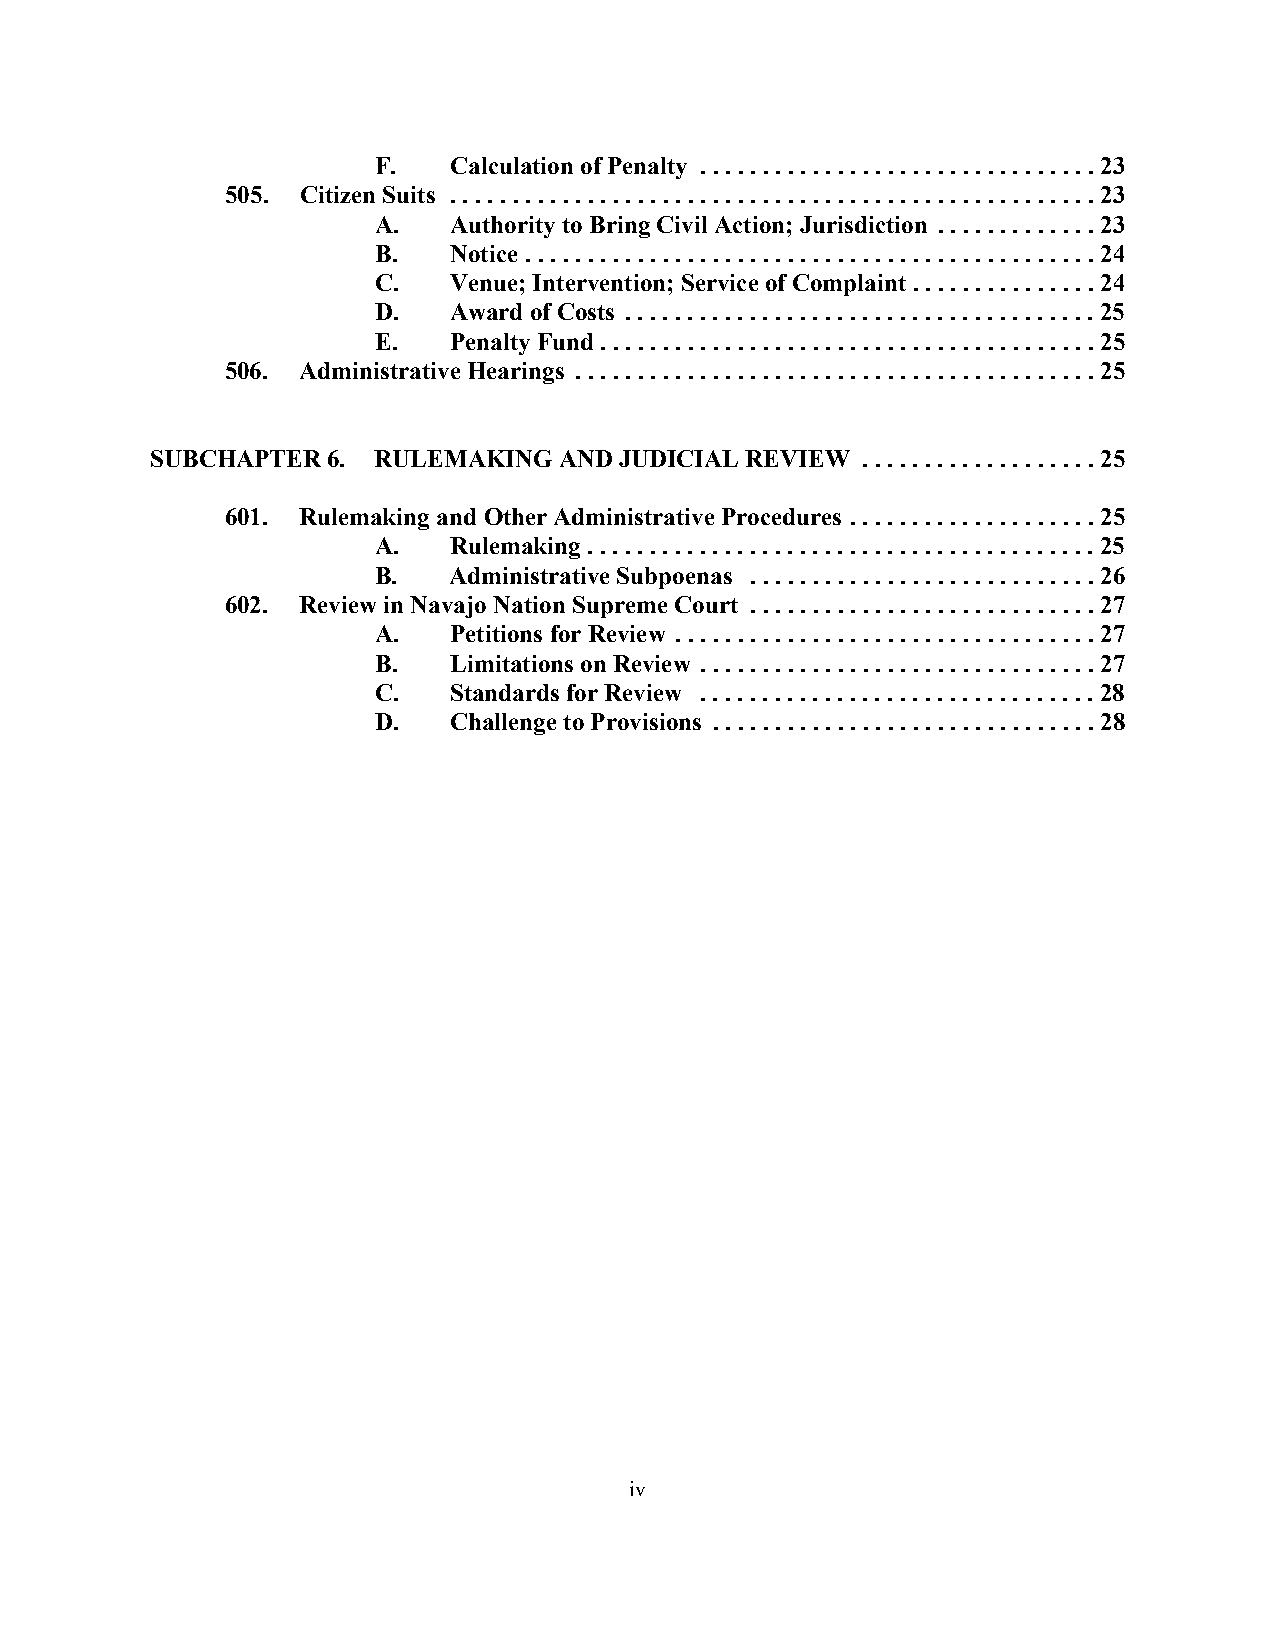
F.   Calculation of Penalty ...... ..........................23
 505. Citizen Suits ....................................................23
 A.   Authority to Bring Civil Action; Jurisdiction .............23
 B.   Notice ..............................................24
 C.   Venue; Intervention; Service of Complaint ...............24
 D.   Award of Costs ......................................25
 E.   Penalty Fund........................................25
 506. Administrative Hearings ..........................................25
 SUBCHAPTER  6. RULEMAKING  AND JUDICIAL REVIEW ...................25
 601. Rulemaking and Other Administrative Procedures ....................25
 A.   Rulemaking .........................................25
 B.   Administrative Subpoenas ............................26
 602. Review in Navajo Nation Supreme Court ............................27
 A.   Petitions for Review ..................................27
 B.   Limitations on Review ................................27
 C.   Standards for Review ................................28
 D.   Challenge to Provisions ...............................28
 iv